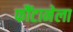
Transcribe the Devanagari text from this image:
फौंटानेला